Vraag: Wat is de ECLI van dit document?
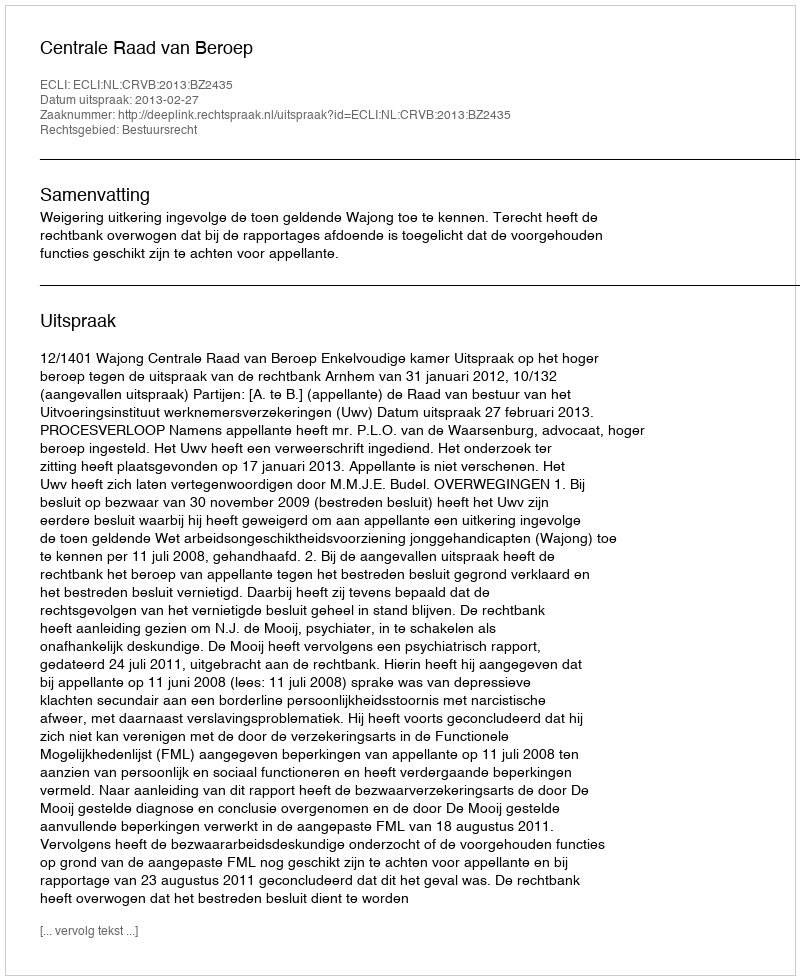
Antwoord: ECLI:NL:CRVB:2013:BZ2435